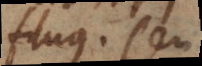
fluus, seu